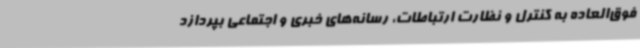
فوق‌العاده به کنترل و نظارت ارتباطات، رسانه‌های خبری و اجتماعی بپردازد